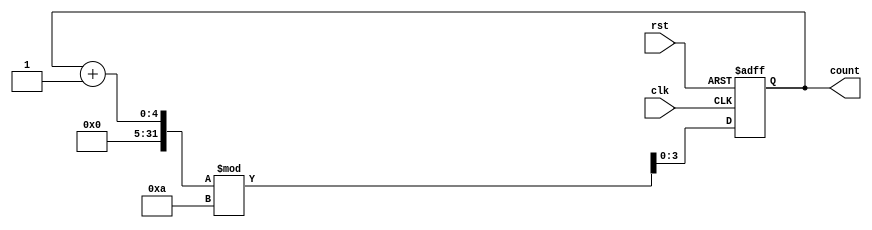
`timescale 1ns / 1ps
//////////////////////////////////////////////////////////////////////////////////
// Company: 
// Engineer: 
// 
// Design Name: 
// Module Name: mod10
// Project Name: 
// Target Devices: 
// Tool Versions: 
// Description: 
// 
// Dependencies: 
// 
// Revision:
// Revision 0.01 - File Created
// Additional Comments:
// 
//////////////////////////////////////////////////////////////////////////////////


module mod10(
    input clk,
    input rst,
    output reg [3:0] count
    );
    always @(posedge clk or posedge rst)
    if(rst)
    count<=4'b0000;
    else
    count<=(count+1)%10;
endmodule